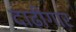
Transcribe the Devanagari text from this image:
दाढ़ीगार